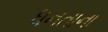
ધનતાના